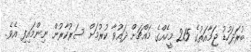
ބުރަދަހުޑު ޖަމާއަތުގެ 215 މީހެއްގެ މައްޗަށް ދައުވާ ކުރުމަށް ސަރުކާރުން ނިންމައިފި އެވެ.